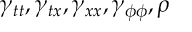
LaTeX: \gamma _ { t t } , \gamma _ { t x } , \gamma _ { x x } , \gamma _ { \phi \phi } , \rho